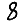
Digit: 8